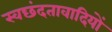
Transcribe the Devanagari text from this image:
स्वछंदतावादियों